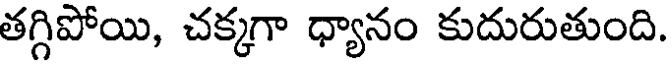
తగ్గిపోయి, చక్కగా ధ్యానం కుదురుతుంది.